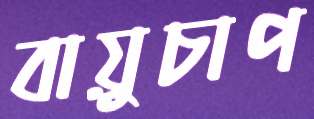
বায়ুচাপ